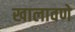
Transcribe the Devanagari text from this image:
खालावणे